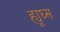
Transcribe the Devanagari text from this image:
ह्यूघ्स